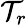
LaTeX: \mathcal{T}_{r}